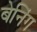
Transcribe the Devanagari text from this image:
बेनिंग